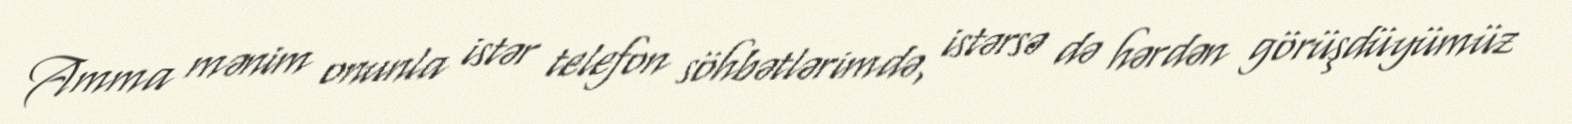
Amma mənim onunla istər telefon söhbətlərimdə, istərsə də hərdən görüşdüyümüz